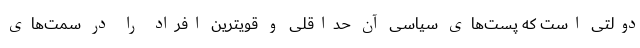
دولتی است که پست‌های سیاسی آن حداقلی و قویترین افراد را در سمت‌های